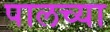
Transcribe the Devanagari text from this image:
पालच्या